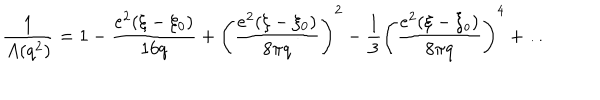
\frac { 1 } { A ( q ^ { 2 } ) } = 1 - \frac { e ^ { 2 } ( \xi - \xi _ { 0 } ) } { 1 6 q } + \left( \frac { e ^ { 2 } ( \xi - \xi _ { 0 } ) } { 8 \pi q } \right) ^ { 2 } - \frac { 1 } { 3 } \left( \frac { e ^ { 2 } ( \xi - \xi _ { o } ) } { 8 \pi q } \right) ^ { 4 } + \ldots